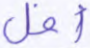
أفل